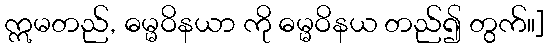
ဣမတည်, ဓမ္မဝိနယာ ကို ဓမ္မဝိနယ တည်၍ တွက်။]